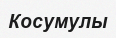
Косумулы